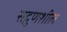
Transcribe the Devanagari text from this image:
सद्गुणशील